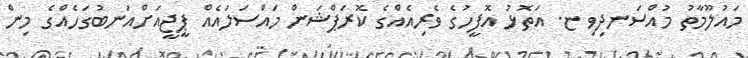
މައުލޫމާތު މުއްސަނދިވި ޏ. އަތޮޅު އޮފީހުގެ ވެރިއެއްގެ ކޮރަޕްޝަން މައްސަލައެއް ޕީޖީއަށްއަނބުގަހެއްގެ މިން